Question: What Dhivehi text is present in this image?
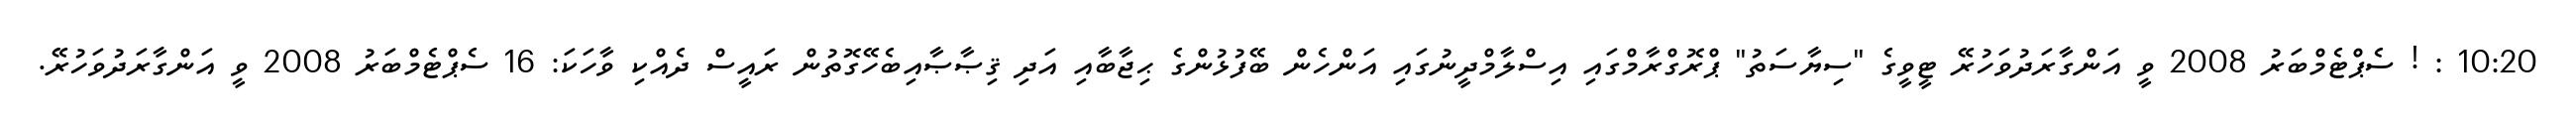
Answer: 10:20 : ! ސެޕްޓެމްބަރު 2008 ވީ އަންގާރަދުވަހުރޭ ޓީވީގެ "ސިޔާސަތު" ޕްރޮގްރާމްގައި އިސްލާމްދީނުގައި އަންހެން ބޭފުޅުންގެ ޙިޖާބާއި އަދި ޤިޞާޞާއިބެހޭގޮތުން ރައީސް ދެއްކި ވާހަކަ: 16 ސެޕްޓެމްބަރު 2008 ވީ އަންގާރަދުވަހުރޭ.